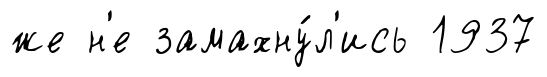
же н'е замахну́л'ись 1937